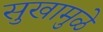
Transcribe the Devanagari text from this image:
सुखामुळे